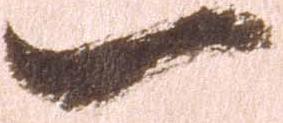
一